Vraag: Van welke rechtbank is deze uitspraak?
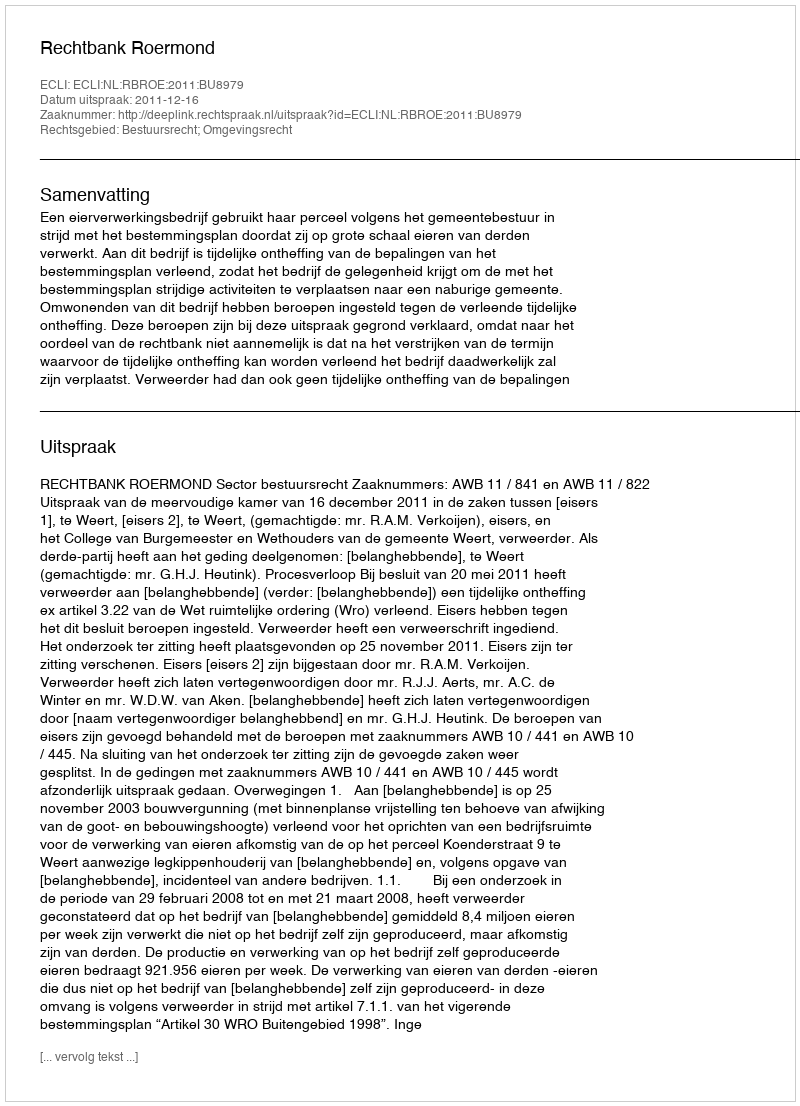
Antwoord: Rechtbank Roermond